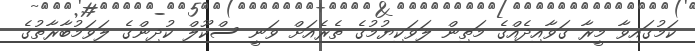
ކަމުގައިވާ މީރާ ގަވާއިދެއްގެ މަތިން ލަވަކިޔުމުގެ ތެރެއަށް ވަނީ ސްކޫލް ކުދިންގެ ލަވަމުބާރާތުގެ